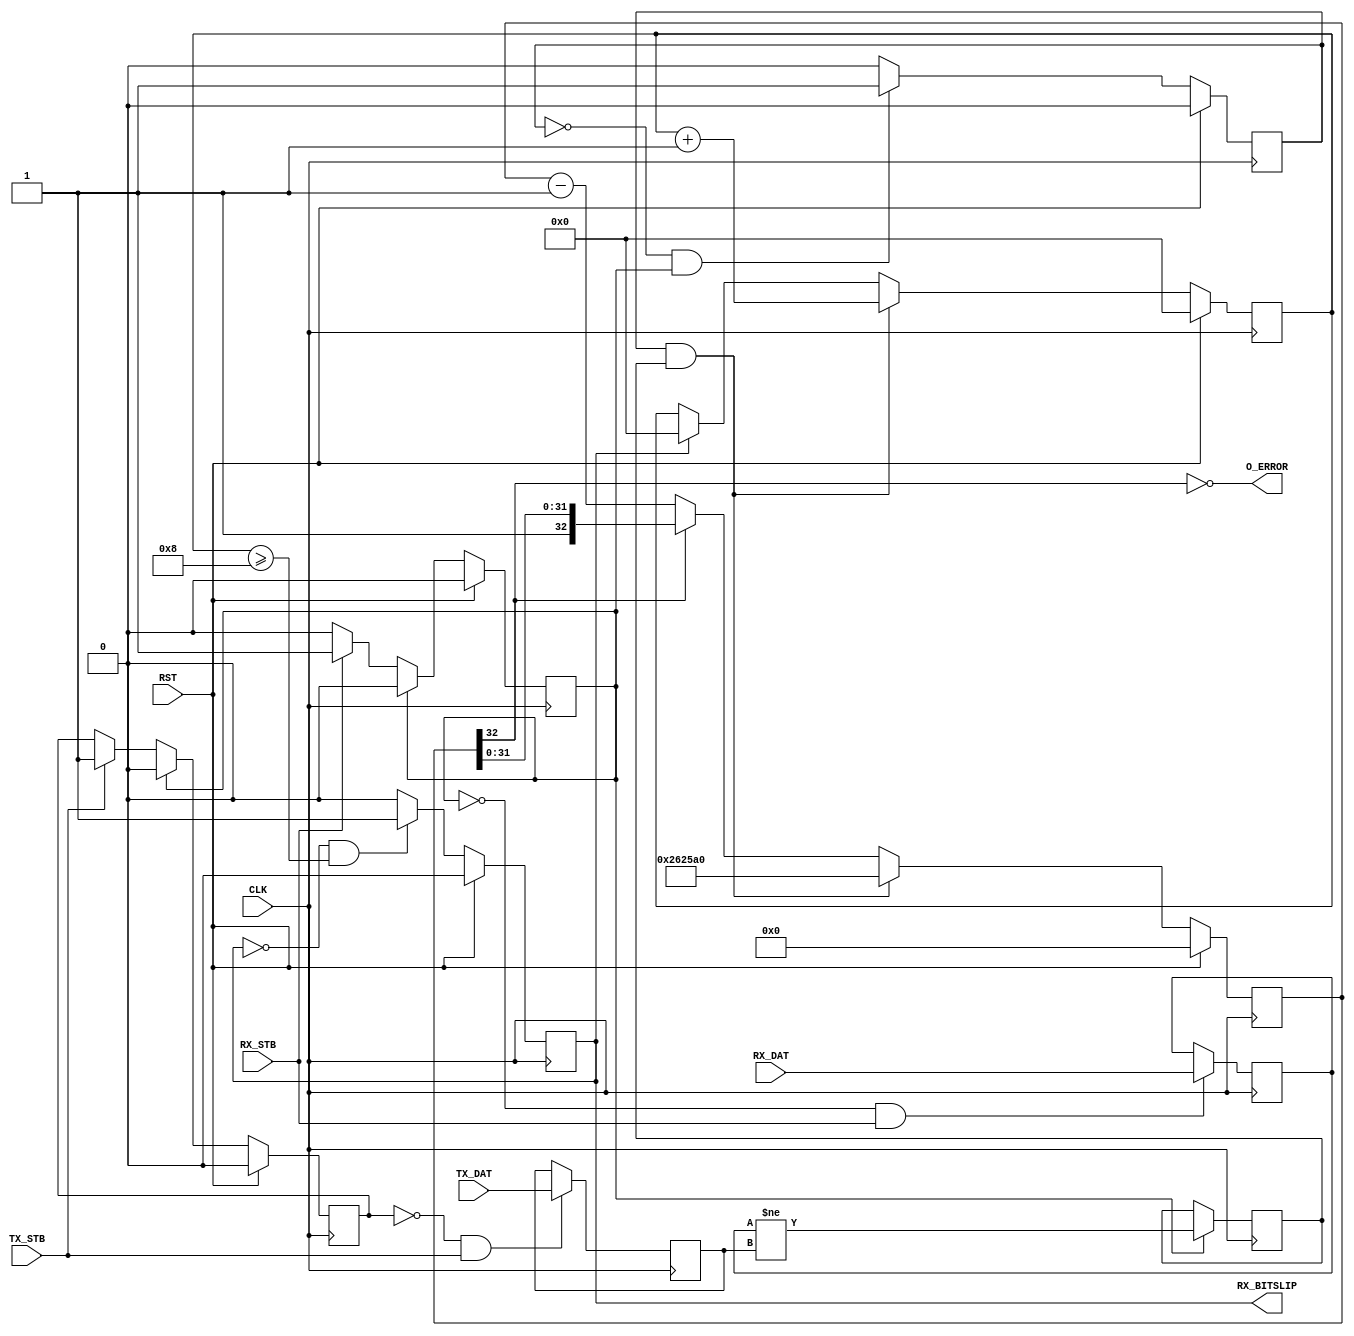
module comparator #
(
parameter WIDTH = 8,
parameter ERROR_COUNT = 8,
parameter ERROR_HOLD = 2500000
)
(
// Clock and reset
input  wire CLK,
input  wire RST,

// Transmitted data input port
input  wire             TX_STB,
input  wire [WIDTH-1:0] TX_DAT,

// Received data input port + bitslip
input  wire             RX_STB,
input  wire [WIDTH-1:0] RX_DAT,
output wire             RX_BITSLIP,

// Error indicator
output wire             O_ERROR
);

// ============================================================================
// Data latch and comparator
reg [WIDTH-1:0] tx_dat;
reg             tx_valid;

reg [WIDTH-1:0] rx_dat;
reg             rx_valid;

wire i_rdy = rx_valid && rx_valid;

always @(posedge CLK)
    if (!tx_valid && TX_STB)
        tx_dat <= TX_DAT;

always @(posedge CLK)
    if (RST)
        tx_valid <= 1'b0;
    else if (i_rdy)
        tx_valid <= 1'b0;
    else if (TX_STB)
        tx_valid <= 1'b1;

always @(posedge CLK)
    if (!rx_valid && RX_STB)
        rx_dat <= RX_DAT;

always @(posedge CLK)
    if (RST)
        rx_valid <= 1'b0;
    else if (i_rdy)
        rx_valid <= 1'b0;
    else if (RX_STB)
        rx_valid <= 1'b1;


reg x_stb;
reg x_error;

always @(posedge CLK)
    if (RST)
        x_stb <= 1'b0;
    else if(!x_stb && i_rdy)
        x_stb <= 1'b1;
    else if( x_stb)
        x_stb <= 1'b0;

always @(posedge CLK)
    if (i_rdy)
        x_error <= (rx_dat != tx_dat);

// ============================================================================
// Error counter and bitslip generator
reg [31:0] count_err;
reg        o_bitslip;

always @(posedge CLK)
    if (RST)
        count_err <= 0;
    else if (x_stb && x_error)
        count_err <= count_err + 1;
    else if (o_bitslip)
        count_err <= 0;

always @(posedge CLK)
    if (RST)
        o_bitslip <= 1'b0;
    else if (!o_bitslip && (count_err >= ERROR_COUNT))
        o_bitslip <= 1'b1;
    else if ( o_bitslip)
        o_bitslip <= 1'b0;

assign RX_BITSLIP = o_bitslip;

// ============================================================================
// Error output
reg [32:0]  o_cnt;

always @(posedge CLK)
    if (RST)
        o_cnt <= 0;
    else if (x_stb && x_error)
        o_cnt <= ERROR_HOLD;
    else
        o_cnt <= (o_cnt[32]) ? o_cnt : (o_cnt - 1);

assign O_ERROR = !o_cnt[32];

endmodule